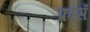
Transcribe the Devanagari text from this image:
फ्रासँ